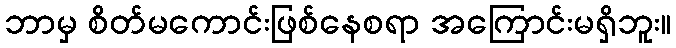
ဘာမှ စိတ်မကောင်းဖြစ်နေစရာ အကြောင်းမရှိဘူး။